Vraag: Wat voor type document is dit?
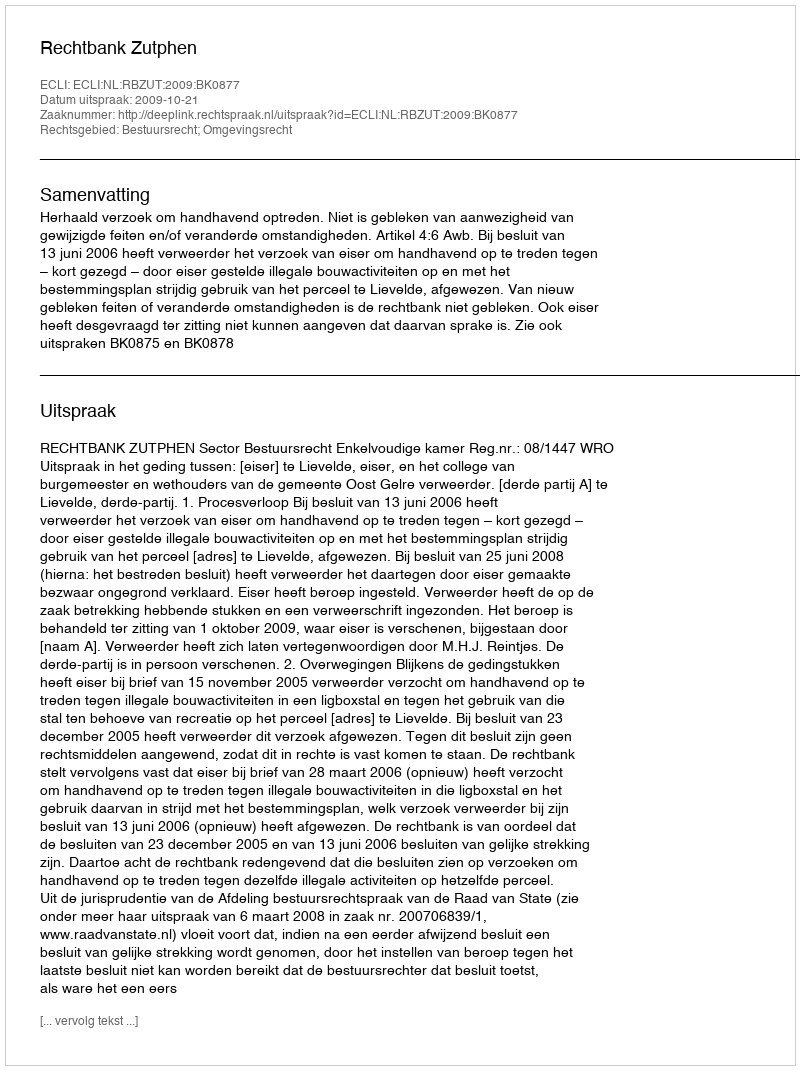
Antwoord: Uitspraak